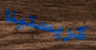
كريستينا